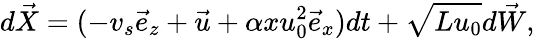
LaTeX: d\vec{X}=(-v_{s}\vec{e}_{z}+\vec{u}+\alpha xu_{0}^{2}\vec{e}_{x})dt+\sqrt{Lu_{0}}d\vec{W},